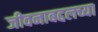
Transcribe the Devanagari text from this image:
जीवनाबद्दलच्या